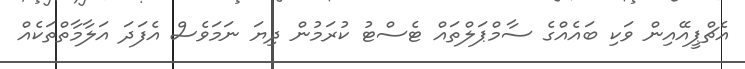
އެޗްޕީއޭއިން ވަކި ބައެއްގެ ސާމްޕަލްތައް ޓެސްޓު ކުރަމުން ދިޔަ ނަމަވެސް އެފަދަ އަލާމާތްތަކެއް